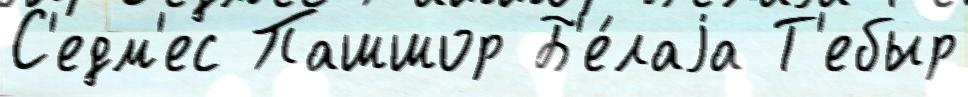
С'едм'ес Пашшор Б'е́лаjа Т'ебыр